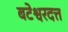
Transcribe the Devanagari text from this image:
बटेश्वरदत्त